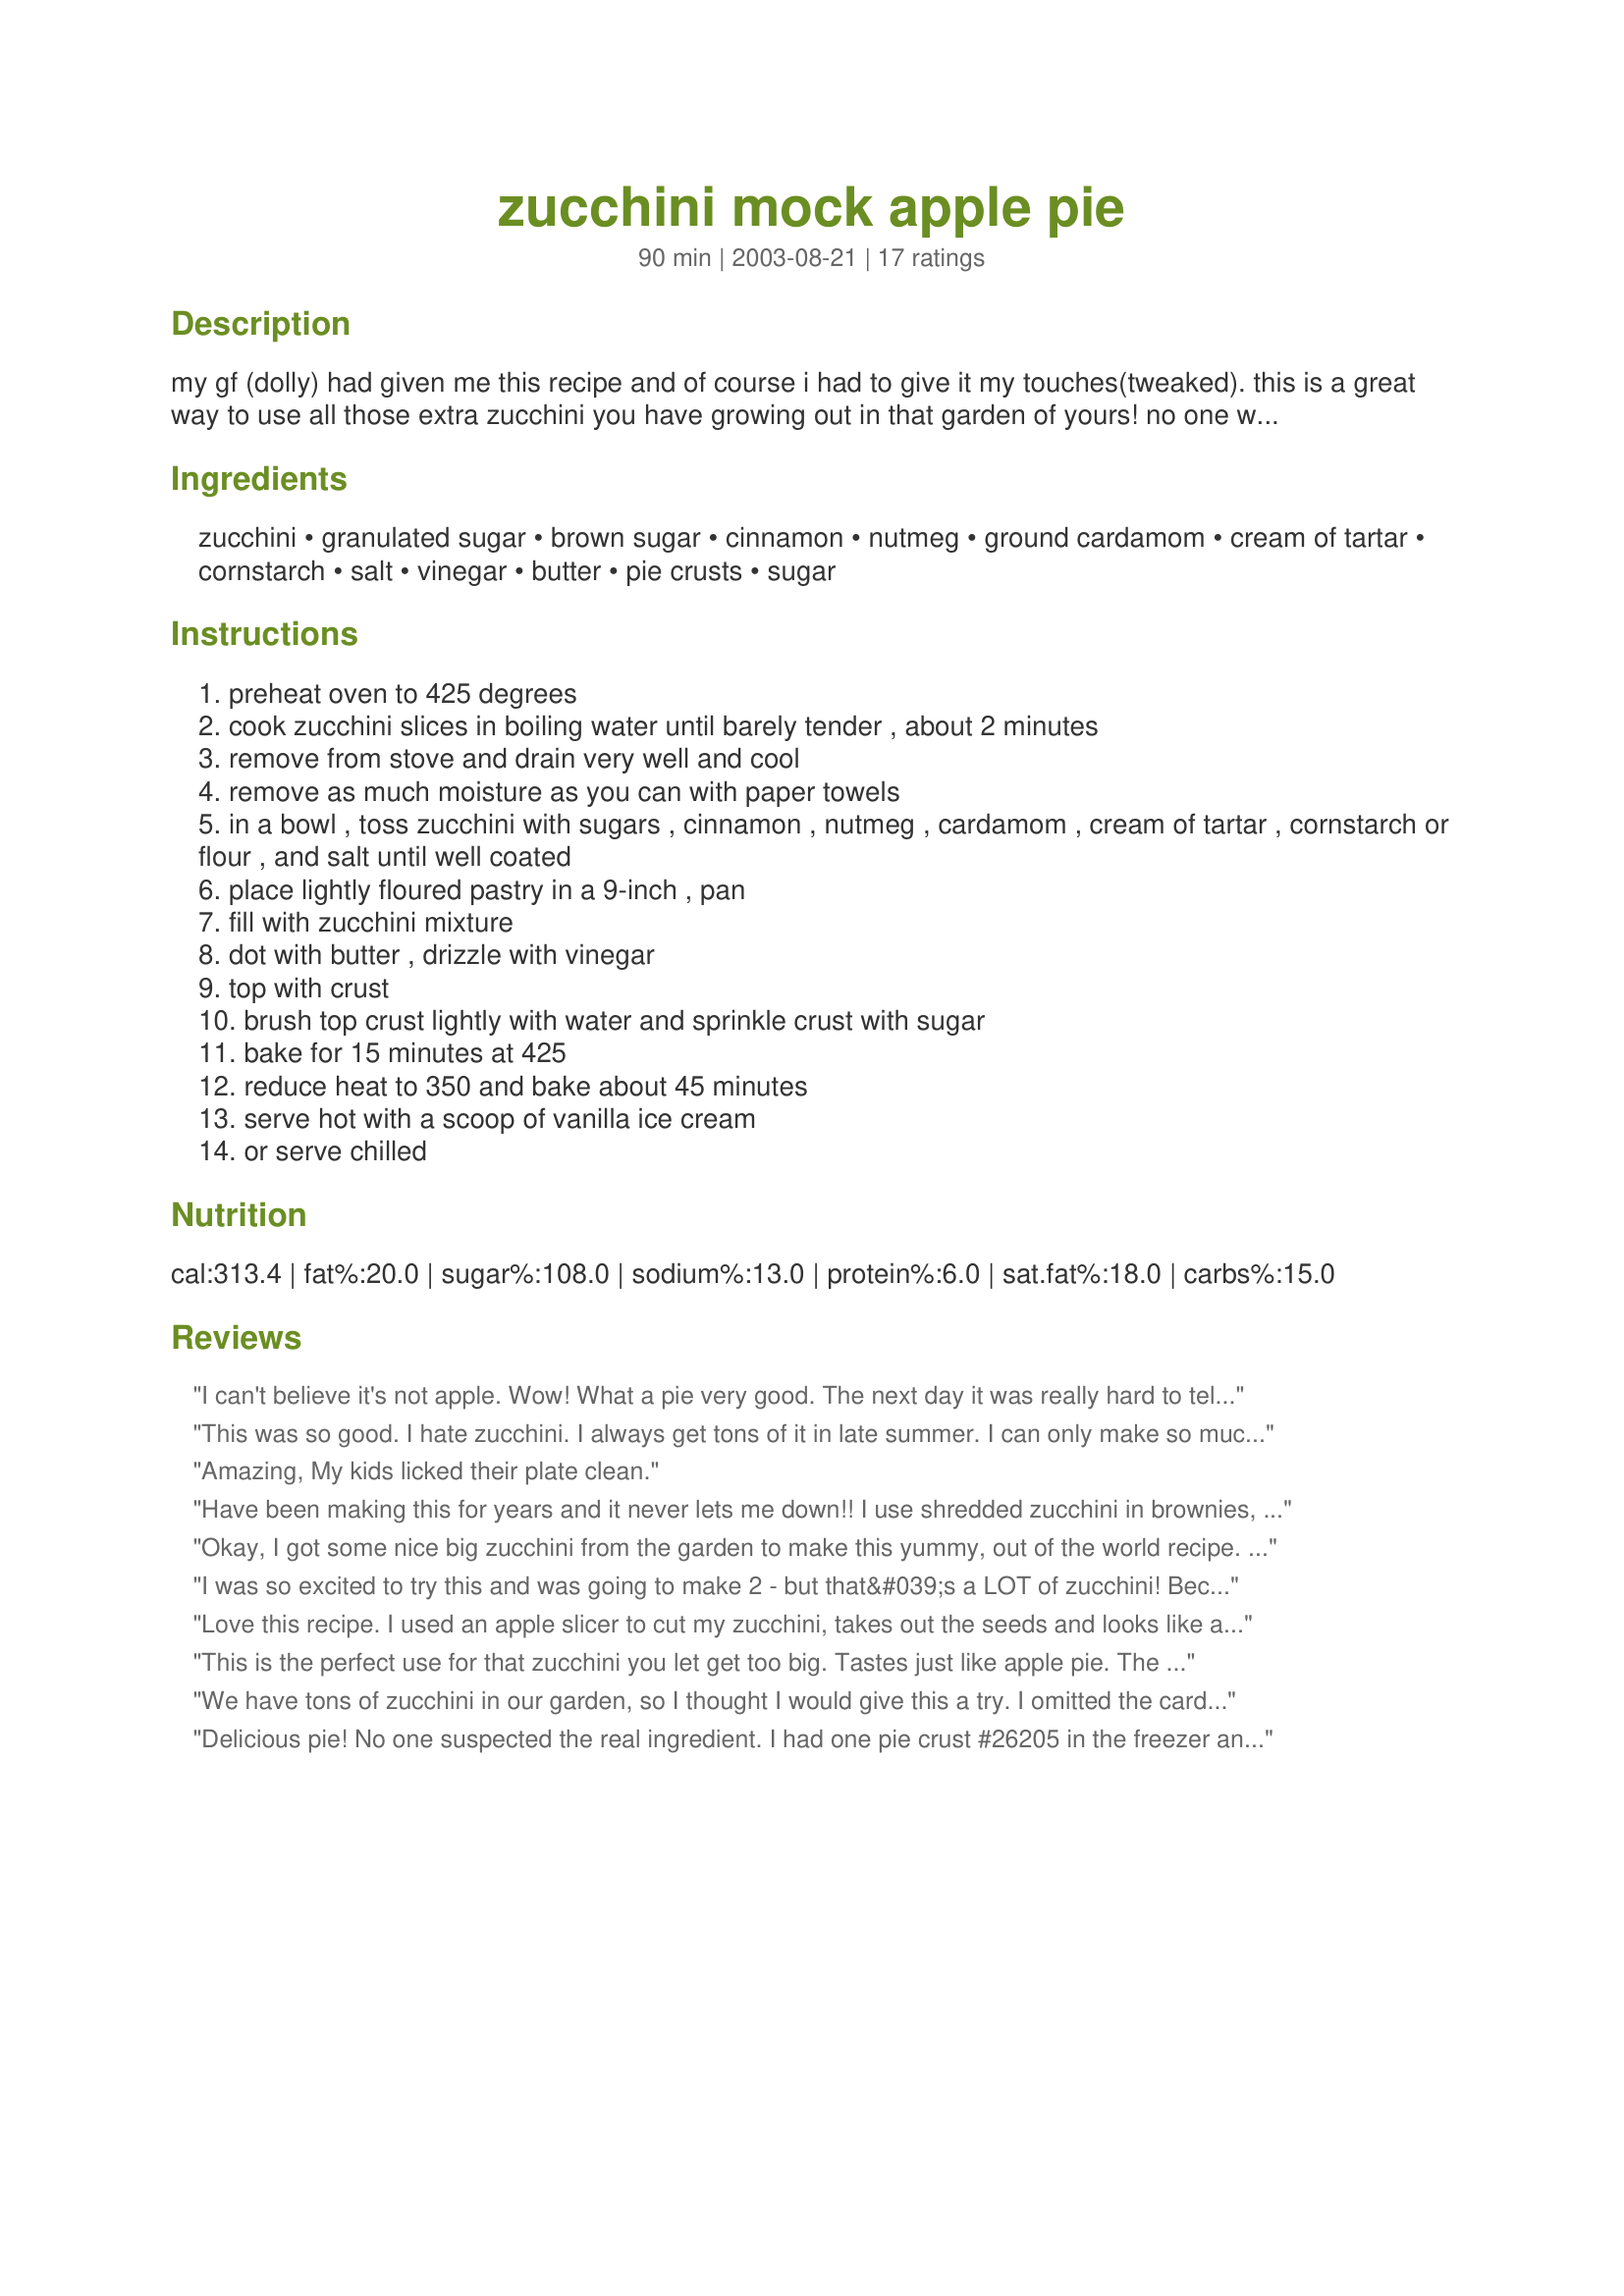
zucchini mock apple pie
Preparation time: 90 minutes

my gf (dolly) had given me this recipe and of course i had to give it my touches(tweaked). this is a great way to use all those extra zucchini you have growing out in that garden of yours! no one will ever know it's made from zucchini! bring on a picnic and watch all the faces.
helpful step by step check out this link
http://www.recipezaar.com/bb/viewtopic.zsp?t=226625

Ingredients:
zucchini, granulated sugar, brown sugar, cinnamon, nutmeg, ground cardamom, cream of tartar, cornstarch, salt, vinegar, butter, pie crusts, sugar

Steps:
preheat oven to 425 degrees
cook zucchini slices in boiling water until barely tender , about 2 minutes
remove from stove and drain very well and cool
remove as much moisture as you can with paper towels
in a bowl , toss zucchini with sugars , cinnamon , nutmeg , cardamom , cream of tartar , cornstarch or flour , and salt until well coated
place lightly floured pastry in a 9-inch , pan
fill with zucchini mixture
dot with butter , drizzle with vinegar
top with crust
brush top crust lightly with water and sprinkle crust with sugar
bake for 15 minutes at 425
reduce heat to 350 and bake about 45 minutes
serve hot with a scoop of vanilla ice cream
or serve chilled

Reviews:
I can't believe it's not apple. Wow! What a pie very good. The next day it was really hard to tell it was zucchini, it absorbed the darker color of the spices so it looked even more like apples. I also used the oatmeal crust #26205. But watch the oven temp. and time as overbaking will make this crust hard. But it was very good. Will make again when the zucchini starts to take over the kitchen.
This was so good. I hate zucchini. I always get tons of it in late summer. I can only make so much bread and the rest goes to wast. Not this year. I had a go sized zucchini. I thought I could make two pies. Nope it only made one. I can't wait to get more zucchini and make this for friend and family.
Amazing, 
My kids licked their plate clean.
Have been making this for years and it never lets me down!! I use shredded zucchini in brownies, chocolate cake, muffins... pretty much any baked good. Adds amazing moisture to your baked items, plus the health benefits in the zucchini. Great way to use up the abundance of your garden and sneak veggies into your families diet.
Okay, I got some nice big zucchini from the garden to make this yummy, out of the world recipe. My boys ate theirs all gone. DH - who was skeptical at first - took a couple bites and said WOW! This is really good - I can't believe it's zucchini! I followed the recipe to the letter. What a great recipe. Thanks for sharing. :)
I was so excited to try this and was going to make 2 - but that&#039;s a LOT of zucchini! Because it&#039;s really high priced right now just made one. I made a huge oops. When I lowered the temp and then reset my timer, I never got the stove off &quot;temp&quot; and INCREASED the oven. After awhile I went to check on it since the timer hadn&#039;t gone off - surely it&#039;s time. Well it was burnt. But let me tell you how good this pie is - even burnt it was great! It was mostly just the topping the crust edge that got black and I considered pulling the topping off, replacing and putting it back in, but no need. Wouldn&#039;t serve it to guests in it&#039;s present state but I will not hesitate to make this again. On a side note, though I&#039;m not new to cooking with zucchini, it&#039;s the first time I ever peeled it. Apparently the juices from the veggie can have a reaction with your hands - the juices dry on your skin making your skin very tight - like you poured super glue on yourself. About as hard to get off too. In fact washing seems to only make it worse! Better by the next day and a google search showed it&#039;s not uncommon. So just a heads up not to be alarmed. It&#039;s not contact dermatitis or an allergy, it&#039;s just the nature of the veggie. Next time I&#039;ll wear gloves! And pay attention to the oven!!!
Love this recipe. I used an apple slicer to cut my zucchini, takes out the seeds and looks like apple slices.
This is the perfect use for that zucchini you let get too big. Tastes just like apple pie. The guys at work didn&#039;t know the difference!!
We have tons of zucchini in our garden, so I thought I would give this a try. I omitted the cardamom, only because I didn't have any and I made my traditional "Betty Crocker Crust". I can't believe that it isn't apple pie! My husband was like, "how did you make the zucchini tastle like apples?" I love this recipe. and I can't wait to make it again! Thnanks for posting.
Delicious pie! No one suspected the real ingredient. I had one pie crust #26205 in the freezer and made oatmeal crumb topping #109287, scaled to 2 cups, instead of a top crust. Also was about a cup short of zucchini so used some granny smith apple to fill in. Great recipe! Thanks, Rita!
Turned out great, no one could tell it wasn't apple. In fact they even look like granny smith apples if you do it right. This was a fun & great way to use up zucchini! THANKS!
This is an awesome pie. I actually went to post it myself and found it here. Everyone loves it when they taste it, but I neglect to tell them it's zucchini beforehand. I've found that people arent as ambitious to try it if I tell them. Let them believe it's apple pie and then suprise them!! :)
This recipe gets five stars just for making zucchini taste so darn good! You would never guess that its not apple. I was going to skip the cardamon, but I spent the money and I think it was well worth it! Very simple to prepare and the instructions were great, even for a pie novice such as myself. Great recipe Rita and what a way to use up those prolific zucchinis!
This is the first pie I have ever made that was gone in a matter of hours. It really is that good! We cut a tiny sliver...just enough for each of the 4 of us to get one bite. DH said I had to take a piece to his Mom and Step Dad, so I took 2 to their house...and they ate every bite. She even requested the recipe...BIG compliment! Then he asked me to cut a nice size piece so several people at his office could sample one bite. I then cut one piece for each of the 4 of us for dessert, and it was GONE. My piece wasn't even big enough! I am making this again this weekend for my parents who are coming from AL. And I will make it EVERY year. I would buy zucchini in the store to make it year round! I topped with Recipe#109287 instead of another pie crust. Thanks SOOOOO much for posting this one...it is FABULOUS!
This truly is a wonderful recipe for this pie and it tastes wonderful. The only thing I did differently, was I cooked the zucchini with all the ingredients instead of cooking it independently and then I let it sit in the fridge overnight since the pie crust had to be in there. OMGoodness, the flavors were wonderful in the zucchini! The crust is great, just like the reviews said it was too!!! I will be using the crust recipe over and over for many different things!!!!! Nice recipe!!!!
WOW!!! I did not make this, the neighbor did for a neighborhood block party, Let me tell you, DH who is an apple pie connoisseur. He ate some without knowing and thought it was incredible. When he found out it was from zucchini he looked at me and said get the recipe. I told him I already had it and planned to make it for dessert Monday.
She served it with lowfat cool whip topping. Wonderfully cool and refreshing.
I agree that it tastes like apple pie. My teenage nephew refuses to eat vegetables but he was completely fooled by this pie.
